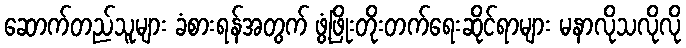
ဆောက်တည်သူများ ခံစားရန်အတွက် ဖွံ့ဖြိုးတိုးတက်ရေးဆိုင်ရာများ မနာလိုသလိုလို